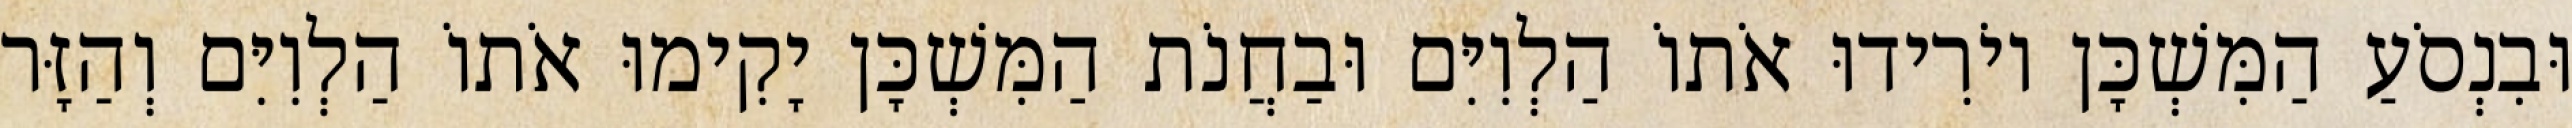
וּבִנְסֹעַ הַמִּשְׁכָּן יוֹרִידוּ אֹתוֹ הַלְוִיִּם וּבַחֲנֹת הַמִּשְׁכָּן יָקִימוּ אֹתוֹ הַלְוִיִּם וְהַזָּר